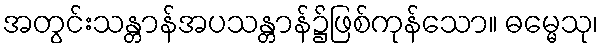
အတွင်းသန္တာန်အပသန္တာန်၌ဖြစ်ကုန်သော။ ဓမ္မေသု၊